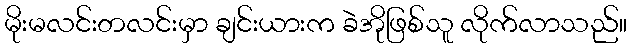
မိုးမလင်းတလင်းမှာ ချင်းယားက ခဲအိုဖြစ်သူ လိုက်လာသည်။